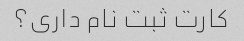
کارت ثبت نام داری؟